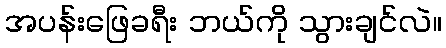
အပန်းဖြေခရီး ဘယ်ကို သွားချင်လဲ။